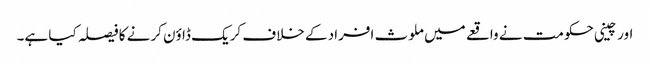
اورچینی حکومت نے واقعے میں ملوث افراد کے خلاف کریک ڈاوٴن کرنے کا فیصلہ کیا ہے۔